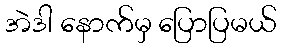
အဲဒါ နောက်မှ ပြောပြမယ်